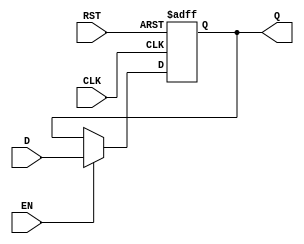
module DataRegister (
    input wire D,        // Data input
    input wire CLK,      // Clock input
    input wire EN,       // Enable input
    input wire RST,      // Reset input
    output reg Q         // Data output
);

// Always block to describe the behavior of the data register
always @(posedge CLK or posedge RST) begin
    if (RST) begin
        Q <= 1'b0;      // Reset the output to 0 if reset is active
    end else if (EN) begin
        Q <= D;         // If enable is high, capture the data input
    end
    // If EN is low, retain the previous value of Q
end

endmodule